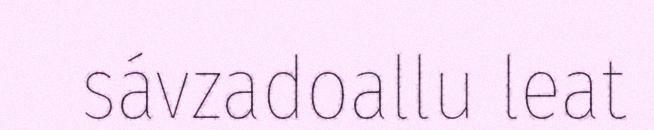
sávzadoallu leat